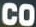
CO